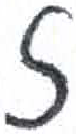
אות: ז